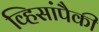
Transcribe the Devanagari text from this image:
व्हिसांपैकी